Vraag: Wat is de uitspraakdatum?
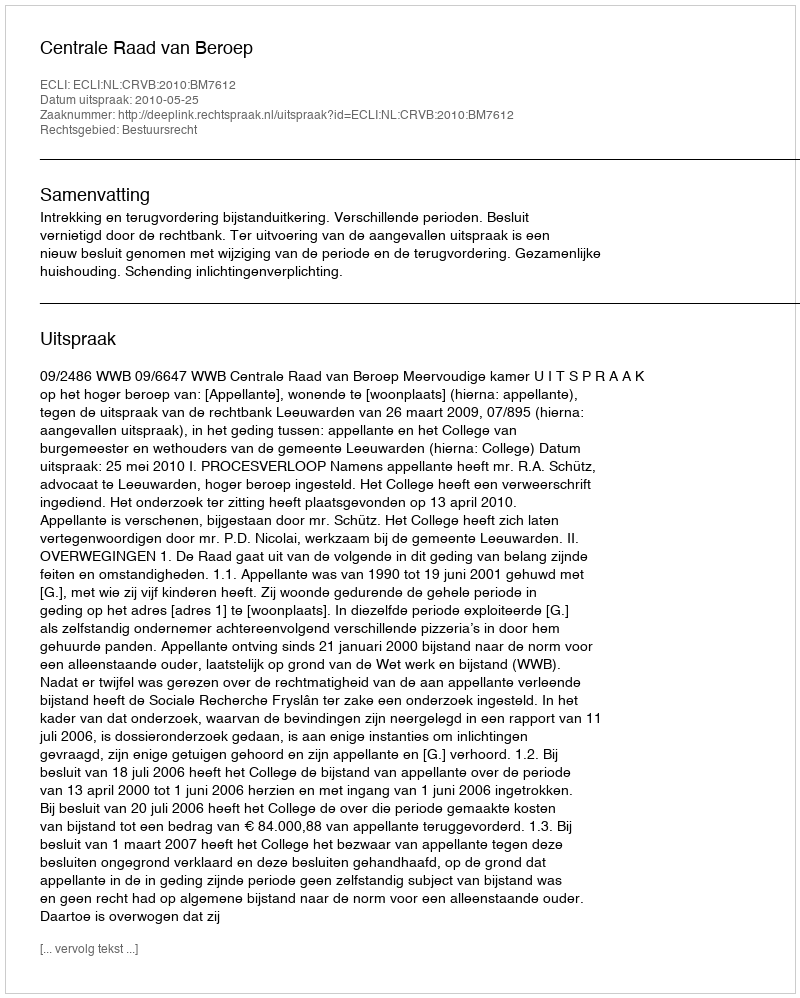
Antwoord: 2010-05-25